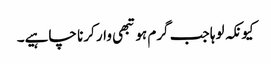
کیونکہ لوہا جب گرم ہو تبھی وار کرنا چاہیے۔